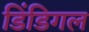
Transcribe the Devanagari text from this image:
डिंडिगल